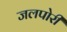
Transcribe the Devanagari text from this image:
जलपोरी